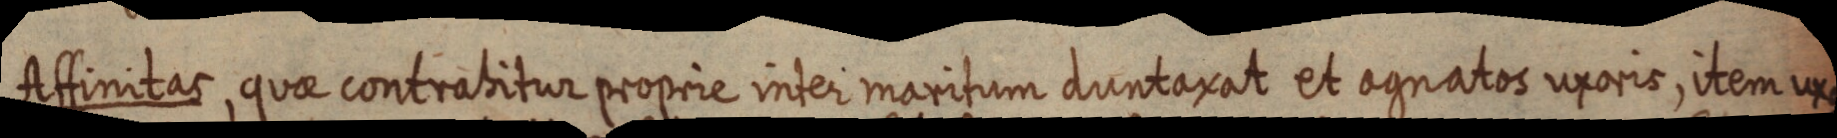
Affinitas, quae contrabitur proprie inter maritum duntaxat et agnatos uxoris, item uxo